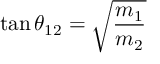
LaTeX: \tan \theta _ { 1 2 } = \sqrt { \frac { m _ { 1 } } { m _ { 2 } } }